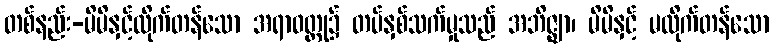
တစ်နည်း-မိမိနှင့်ထိုက်တန်သော အရာဝတ္ထု၌ တပ်နှစ်သက်မှုသည် အဘိဇ္ဈာ၊ မိမိနှင့် မထိုက်တန်သော